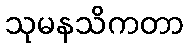
သုမနသိကတာ